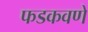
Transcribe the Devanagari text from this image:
फडकवणे